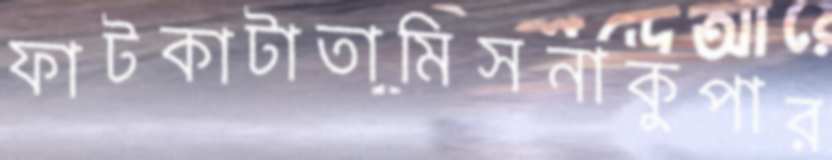
ফাটকাটাতামিসনাকুপার